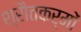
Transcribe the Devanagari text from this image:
श्रौतकर्मों